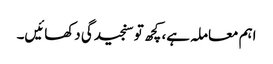
اہم معاملہ ہے، کچھ تو سنجیدگی دکھائیں۔